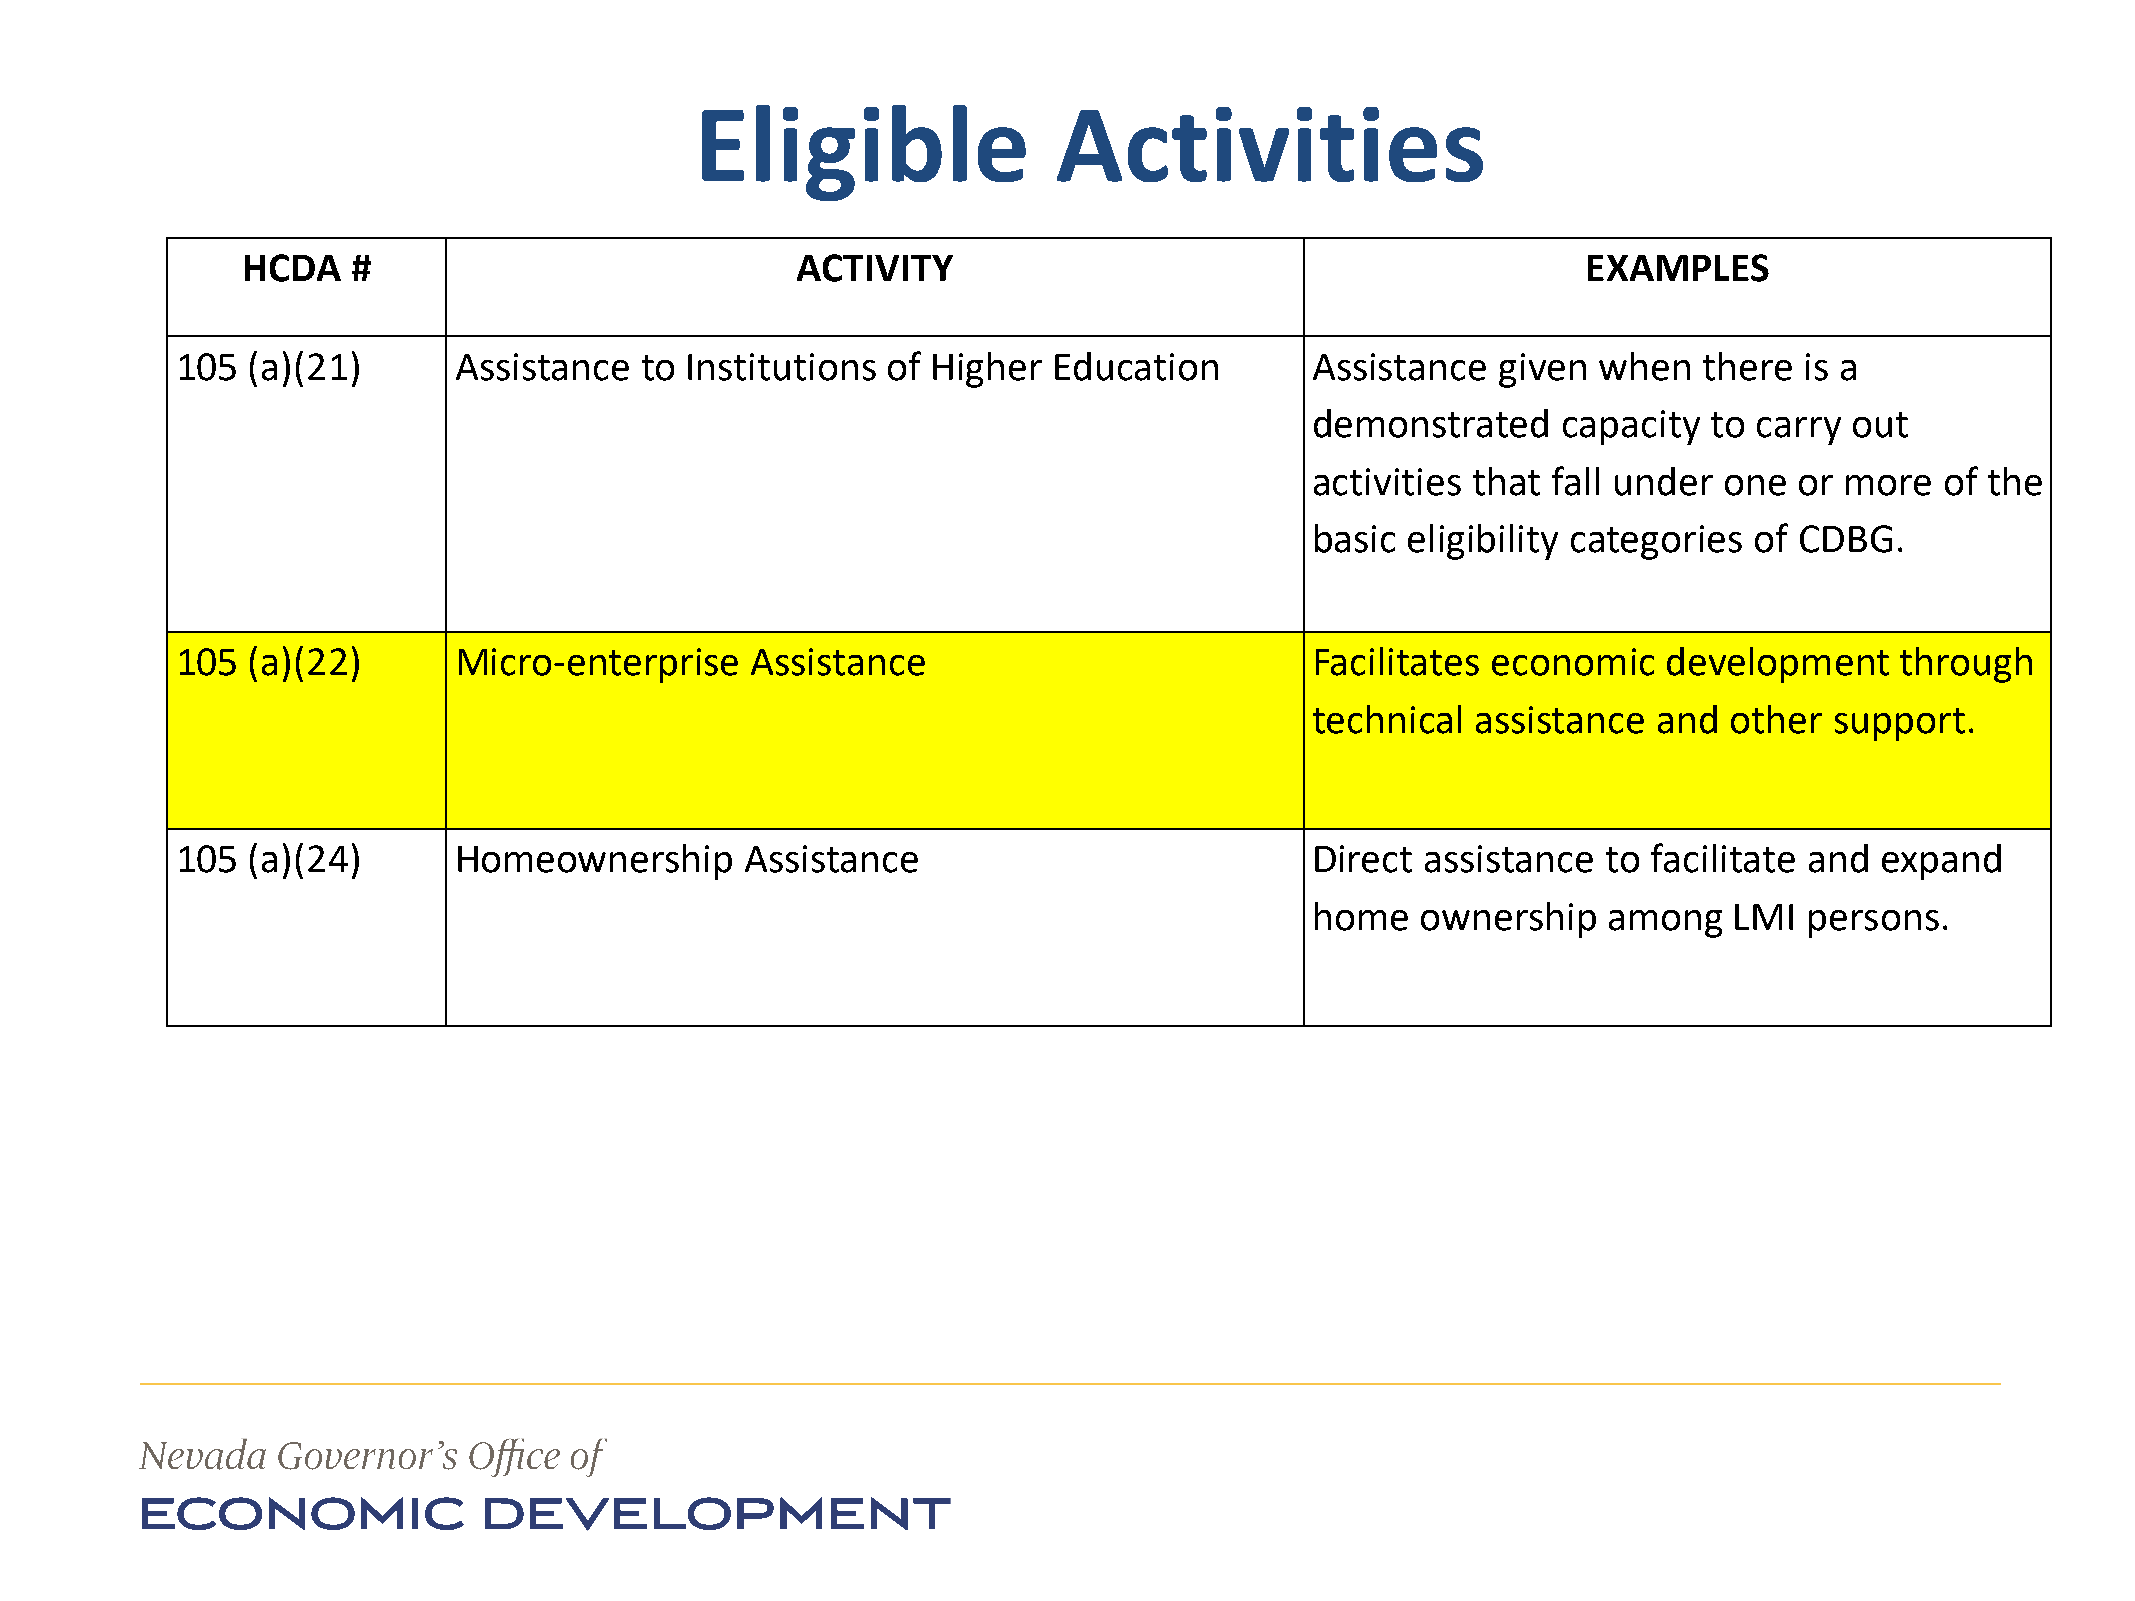
Eligible                Activities
 HCDA   #                             ACTIVITY                                            EXAMPLES
 105 (a)(21)       Assistance  to Institutions  of Higher  Education        Assistance  given  when   there is a
 demonstrated    capacity  to carry  out
 activities that fall under one  or more   of the
 basic eligibility categories of CDBG.
 105 (a)(22)       Micro-enterprise    Assistance                           Facilitates economic   development     through
 technical  assistance  and other  support.
 105 (a)(24)       Homeownership      Assistance                            Direct assistance  to facilitate and expand
 home   ownership   among    LMI  persons.